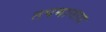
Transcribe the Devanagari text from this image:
तपमानास